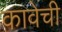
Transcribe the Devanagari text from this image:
कावेची